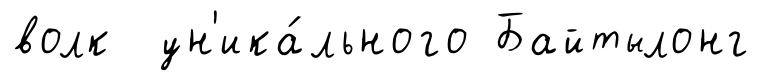
волк ун'ика́льного Байтылонг